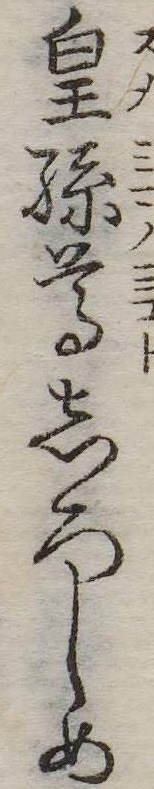
皇孫尊しろしめ